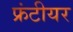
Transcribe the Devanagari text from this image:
फ्रंटीयर